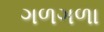
ગળગળા